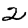
Digit: 2